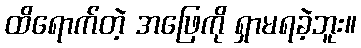
ထိရောက်တဲ့ အဖြေကို ရှာမရခဲ့ဘူး။